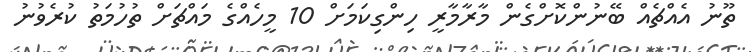
ތޫނު އެއްޗެއް ބޭނުންކޮށްގެން މާރާމާރީ ހިންގިކަމަށް 10 މީހެއްގެ މައްޗަށް ތުހުމަތު ކުރެވުނު